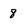
Character: 8